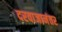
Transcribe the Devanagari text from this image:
दरवाजानंतर